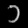
Digit: ၁